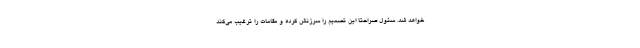
خواهد شد. سئول صراحتا این تصمیم را سرزنش کرده و مقامات را ترغیب می‌کند